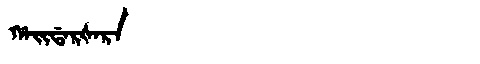
Manchu: ᡥᠠᡳᡩᠠᡵᡧᠠᡵᠠ
Romanization: HAIDARŠARA